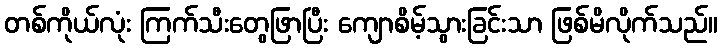
တစ်ကိုယ်လုံး ကြက်သီးတွေဖြာပြီး ကျောစိမ့်သွားခြင်းသာ ဖြစ်မိလိုက်သည်။